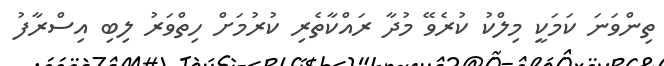
ތިންވަނަ ކަމަކީ މިލްކު ކުރެވޭ މުދާ ރައްކާތެރި ކުރުމަށް ހިތްވަރު ލިބި އިސްރާފު